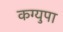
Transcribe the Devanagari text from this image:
कग्युपा